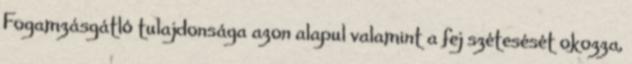
Fogamzásgátló tulajdonsága azon alapul valamint a fej szétesését okozza,